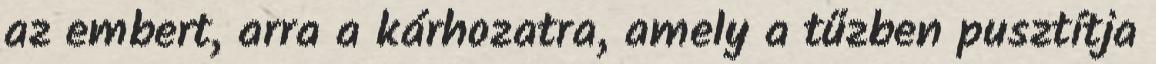
az embert, arra a kárhozatra, amely a tűzben pusztítja